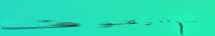
ممنوع الوقوف